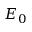
E _ { 0 }